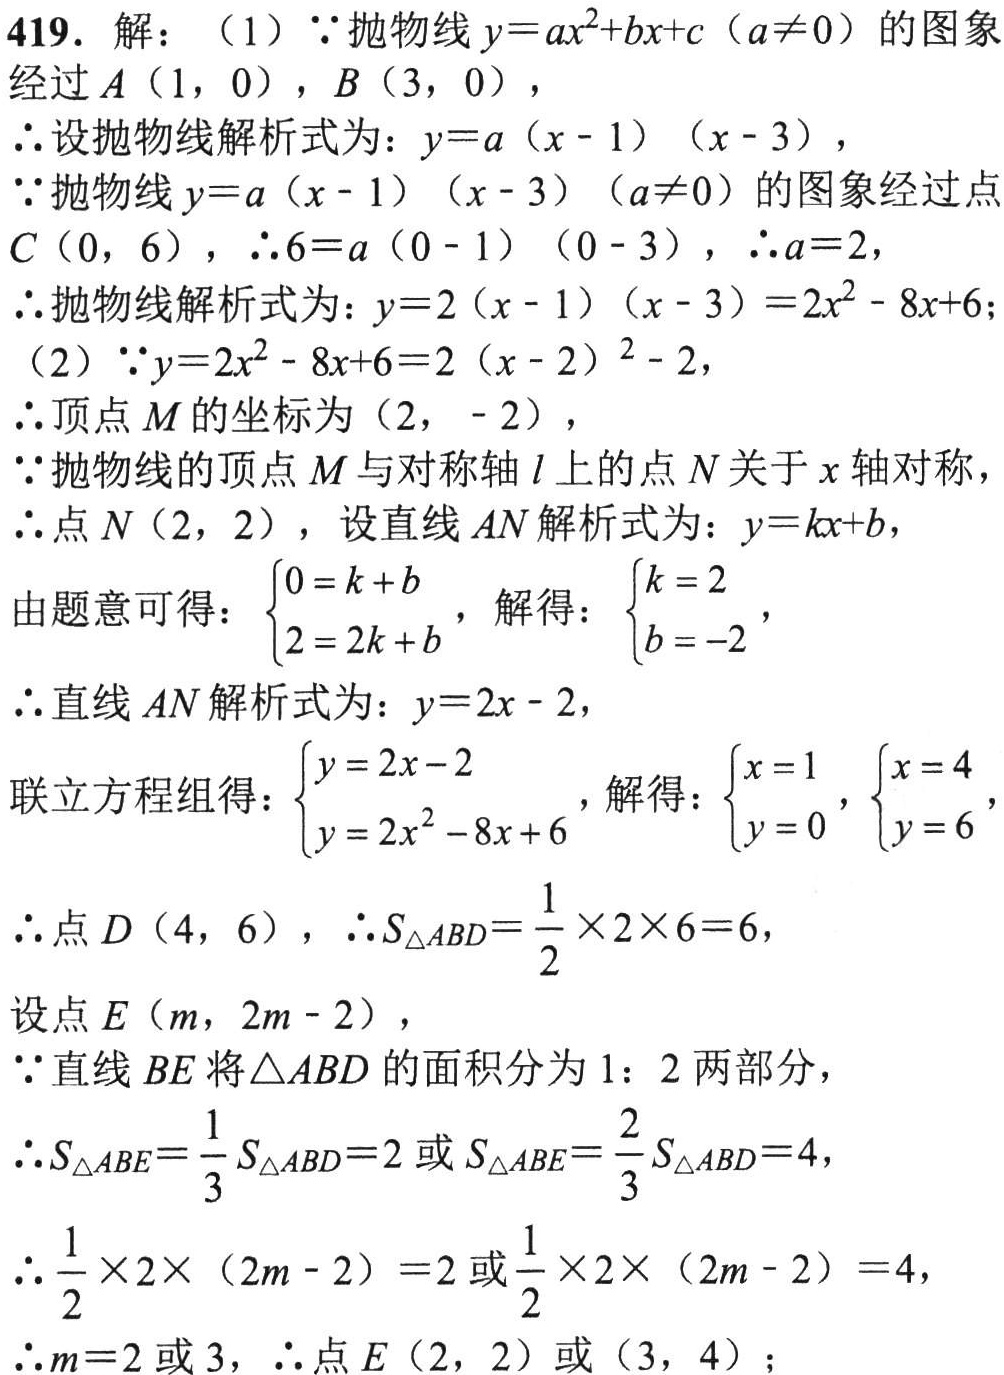
419. 解：（1）\(\because\)抛物线\(y = ax^{2}+bx + c\)（\(a\neq0\)）的图象经过\(A(1,0)\)，\(B(3,0)\)，
\(\therefore\)设抛物线解析式为：\(y = a(x - 1)(x - 3)\)，
\(\because\)抛物线\(y = a(x - 1)(x - 3)\)（\(a\neq0\)）的图象经过点\(C(0,6)\)，\(\therefore6 = a(0 - 1)(0 - 3)\)，\(\therefore a = 2\)，
\(\therefore\)抛物线解析式为：\(y = 2(x - 1)(x - 3)=2x^{2}-8x + 6\)；
（2）\(\because y = 2x^{2}-8x + 6=2(x - 2)^{2}-2\)，
\(\therefore\)顶点\(M\)的坐标为\((2,-2)\)，
\(\because\)抛物线的顶点\(M\)与对称轴\(l\)上的点\(N\)关于\(x\)轴对称，
\(\therefore\)点\(N(2,2)\)，设直线\(AN\)解析式为：\(y = kx + b\)，
由题意可得：\(\begin{cases}0 = k + b\\2 = 2k + b\end{cases}\)，解得：\(\begin{cases}k = 2\\b = -2\end{cases}\)，
\(\therefore\)直线\(AN\)解析式为：\(y = 2x - 2\)，
联立方程组得：\(\begin{cases}y = 2x - 2\\y = 2x^{2}-8x + 6\end{cases}\)，解得：\(\begin{cases}x = 1\\y = 0\end{cases}\)，\(\begin{cases}x = 4\\y = 6\end{cases}\)，
\(\therefore\)点\(D(4,6)\)，\(\therefore S_{\triangle ABD}=\dfrac{1}{2}\times2\times6 = 6\)，
设点\(E(m,2m - 2)\)，
\(\because\)直线\(BE\)将\(\triangle ABD\)的面积分为\(1:2\)两部分，
\(\therefore S_{\triangle ABE}=\dfrac{1}{3}S_{\triangle ABD}=2\)或\(S_{\triangle ABE}=\dfrac{2}{3}S_{\triangle ABD}=4\)，
\(\therefore\dfrac{1}{2}\times2\times(2m - 2)=2\)或\(\dfrac{1}{2}\times2\times(2m - 2)=4\)，
\(\therefore m = 2\)或\(3\)，\(\therefore\)点\(E(2,2)\)或\((3,4)\)；